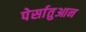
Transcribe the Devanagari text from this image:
पेर्सातुआन